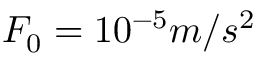
F _ { 0 } = 1 0 ^ { - 5 } m / s ^ { 2 }